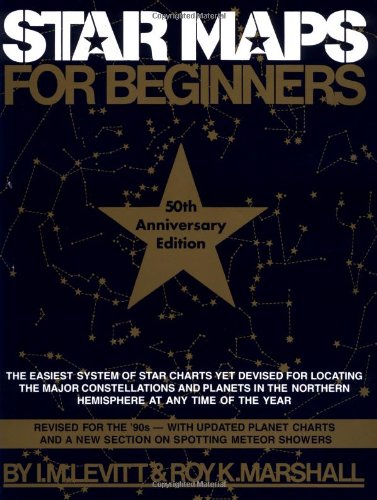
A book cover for Star Maps for Beginners: 50th Anniversary Edition; I.M. Levitt; Science & Math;